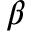
\beta